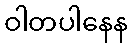
ဝါတပါနေန